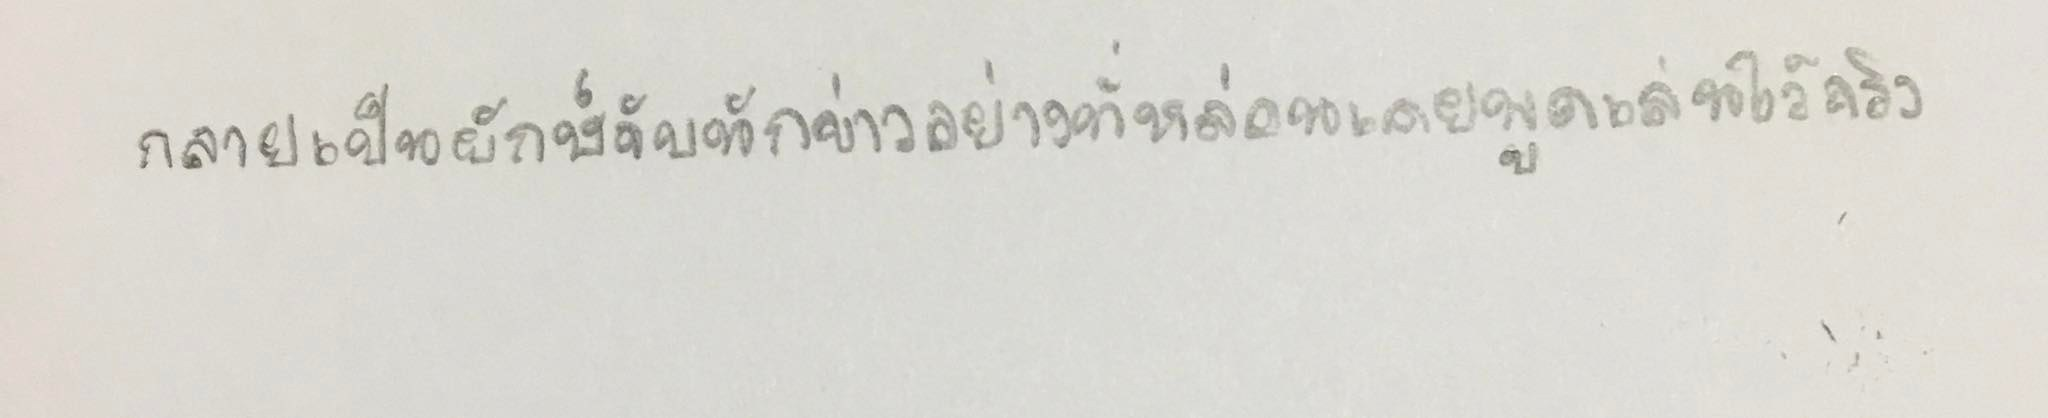
กลายเป็นยักษ์จับนักข่าวอย่างที่หล่อนเคยพูดเล่นไว้จริงๆ